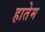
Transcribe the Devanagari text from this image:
हातेम